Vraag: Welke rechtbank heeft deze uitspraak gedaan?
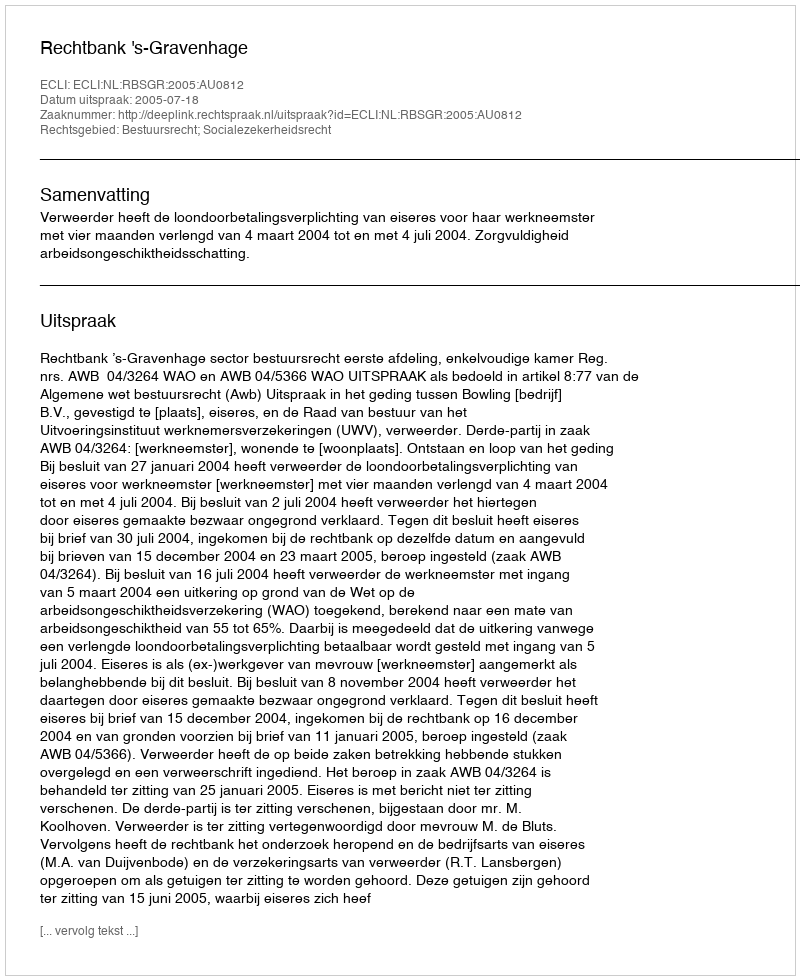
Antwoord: Rechtbank 's-Gravenhage